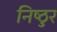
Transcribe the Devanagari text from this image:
निष्‍ठुर